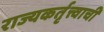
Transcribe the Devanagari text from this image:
राज्यकर्तृत्त्वाची